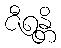
ဇီရန္တိ